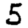
Digit: 5